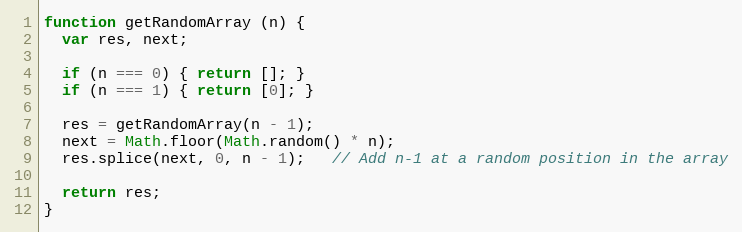
Language: JavaScript
function getRandomArray (n) {
  var res, next;

  if (n === 0) { return []; }
  if (n === 1) { return [0]; }

  res = getRandomArray(n - 1);
  next = Math.floor(Math.random() * n);
  res.splice(next, 0, n - 1);   // Add n-1 at a random position in the array

  return res;
}